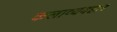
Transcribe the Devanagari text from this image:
कलाव्यवहार